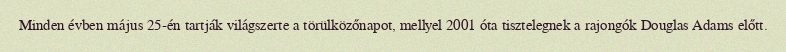
Minden évben május 25-én tartják világszerte a törülközőnapot, mellyel 2001 óta tisztelegnek a rajongók Douglas Adams előtt.